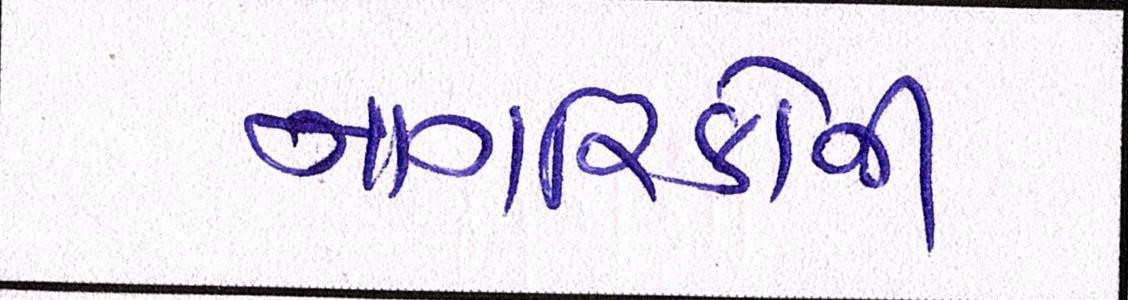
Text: નાગરિકોની